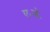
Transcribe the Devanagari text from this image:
ए॰जे॰